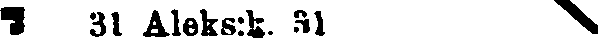
# 31 Aleks:k. 31 #